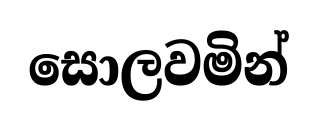
සොලවමින්